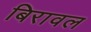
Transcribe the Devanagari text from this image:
बिरावल